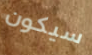
سيكون